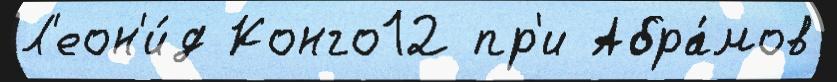
Л'еон'и́д Конго12 пр'и Абра́мов